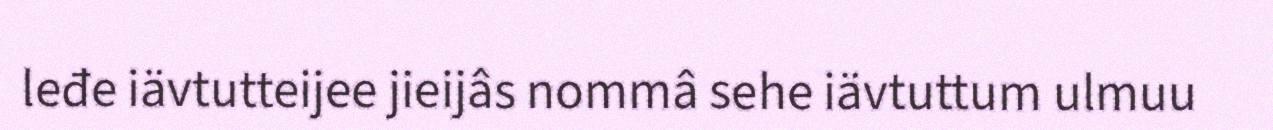
leđe iävtutteijee jieijâs nommâ sehe iävtuttum ulmuu